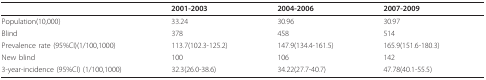
<table><thead><tr><td></td><td><b>2001-2003</b></td><td><b>2004-2006</b></td><td><b>2007-2009</b></td></tr></thead><tbody><tr><td>Population(10,000)</td><td>33.24</td><td>30.96</td><td>30.97</td></tr><tr><td>Blind</td><td>378</td><td>458</td><td>514</td></tr><tr><td>Prevalence rate (95%CI)(1/100,1000)</td><td>113.7(102.3-125.2)</td><td>147.9(134.4-161.5)</td><td>165.9(151.6-180.3)</td></tr><tr><td>New blind</td><td>100</td><td>106</td><td>142</td></tr><tr><td>3-year-incidence (95%CI) (1/100,1000)</td><td>32.3(26.0-38.6)</td><td>34.22(27.7-40.7)</td><td>47.78(40.1-55.5)</td></tr></tbody></table>